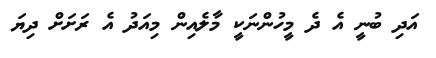
އަދި ބުނީ އެ ދެ މީހުންނަކީ މާލެއިން މިއަދު އެ ރަށަށް ދިޔަ